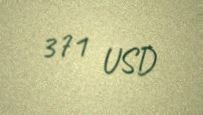
371 USD